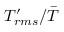
T _ { r m s } ^ { \prime } / \bar { T }